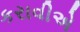
કરાવીએ